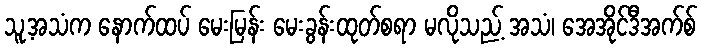
သူ့အသံက နောက်ထပ် မေးမြန်း မေးခွန်းထုတ်စရာ မလိုသည့် အသံ၊ အေအိုင်ဒီအက်စ်